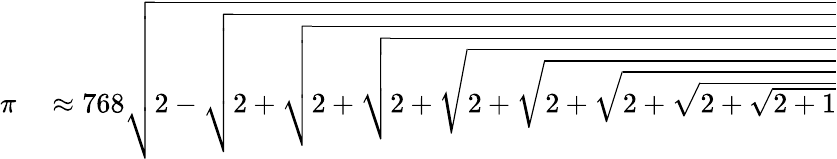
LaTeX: \begin{array}{rl}{\pi}&{{}\approx 768{\sqrt{2-{\sqrt{2+{\sqrt{2+{\sqrt{2+{\sqrt{2+{\sqrt{2+{\sqrt{2+{\sqrt{2+{\sqrt{2+1}}}}}}}}}}}}}}}}}}}\end{array}